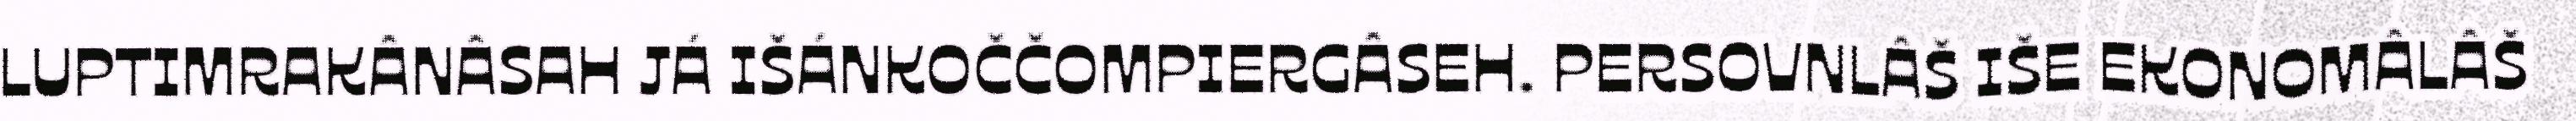
LUPTIMRAKÂNÂSAH JÁ IŠÁNKOČČOMPIERGÂSEH. PERSOVNLÂŠ IŠE EKONOMÂLÂŠ